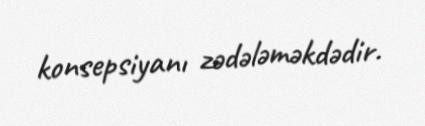
konsepsiyanı zədələməkdədir.